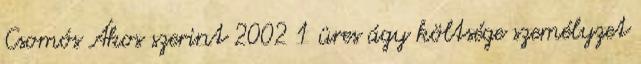
Csomós Ákos szerint 2002 1 üres ágy költsége személyzet